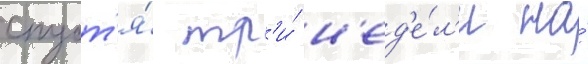
спуст'я́ тр'и́ н'ед'е́л'и на́